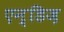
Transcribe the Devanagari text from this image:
एन्डिज़